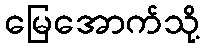
မြေအောက်သို့